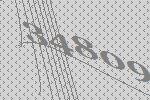
34809